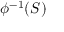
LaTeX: \phi ^ { - 1 } ( S )